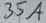
Text: 35A